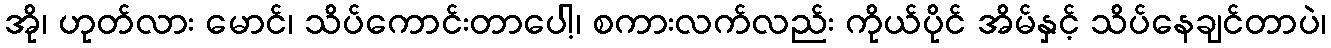
အို၊ ဟုတ်လား မောင်၊ သိပ်ကောင်းတာပေါ့၊ စကားလက်လည်း ကိုယ်ပိုင် အိမ်နှင့် သိပ်နေချင်တာပဲ၊